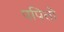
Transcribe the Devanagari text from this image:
पपितो